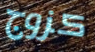
كزوج